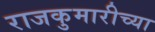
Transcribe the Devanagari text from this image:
राजकुमारीच्या